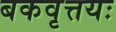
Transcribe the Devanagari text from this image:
बकवृत्तयः